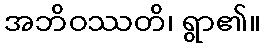
အဘိဝဿတိ၊ ရွာ၏။